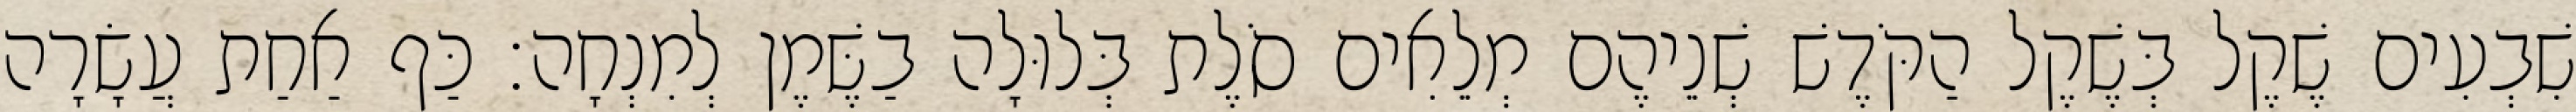
שִׁבְעִים שֶׁקֶל בְּשֶׁקֶל הַקֹּדֶשׁ שְׁנֵיהֶם מְלֵאִים סֹלֶת בְּלוּלָה בַשֶּׁמֶן לְמִנְחָה׃ כַּף אַחַת עֲשָׂרָה